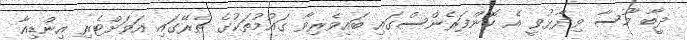
ދީބާ މޫސާ ވިދާޅުވީ އެ ކޮންފަރެންސްގައި ބައިވެރިވާ ގައުމުތަކުގެ ތެރޭގައި އަވަށްޓެރި އިންޑިއާ